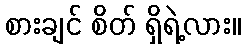
စားချင် စိတ် ရှိရဲ့လား။